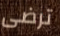
ترضى